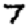
Digit: 7